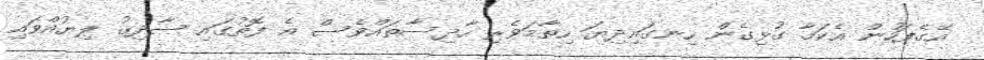
އޭގެފަހުން އެކަމާ ގުޅިގެން ހިނގައިދިޔަ ހިތާމަވެރި ހާދިސާތައްވެސް އެ ފޮތުގައި ޞާދިޤު ލިޔުއްވައި